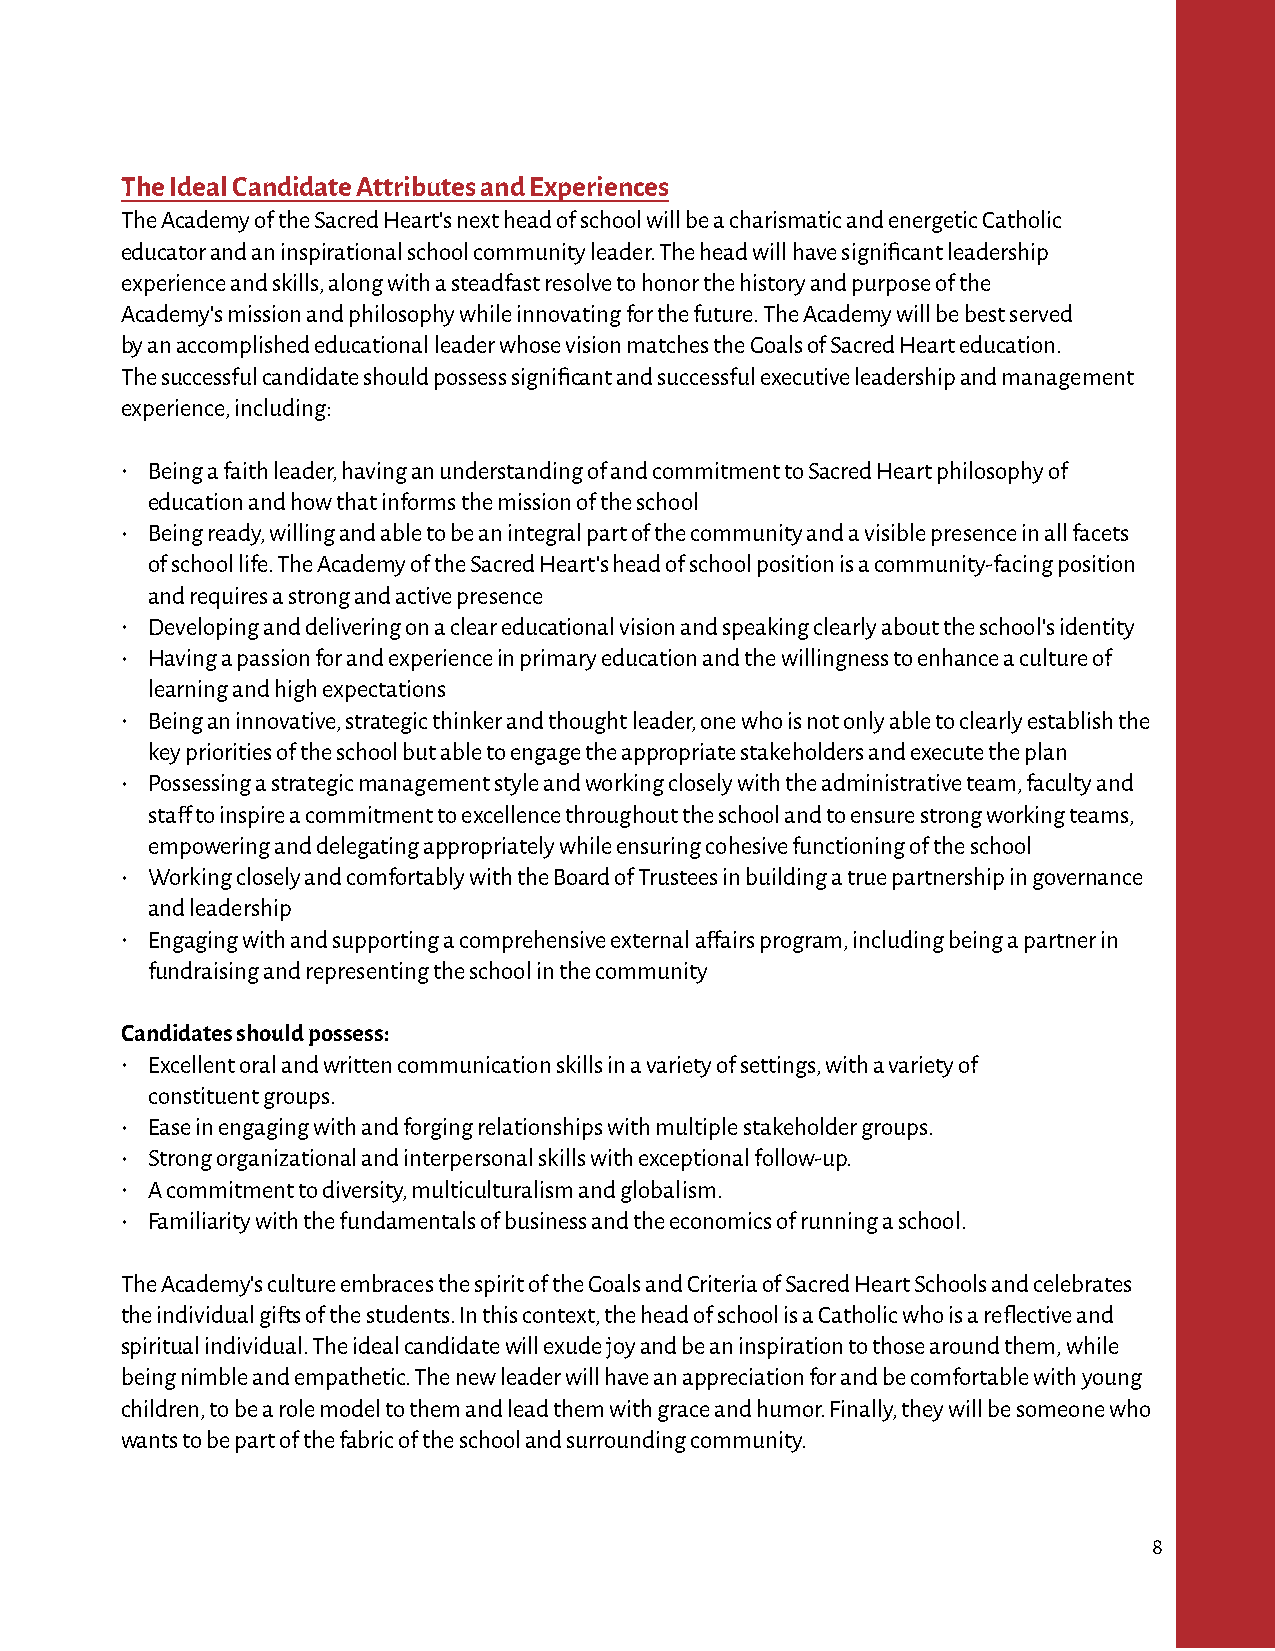
The Ideal Candidate Attributes and Experiences
 The Academy of the Sacred Heart's next head of school will be a charismatic and energetic Catholic
 educator and an inspirational school community leader. The head will have significant leadership
 experience and skills, along with a steadfast resolve to honor the history and purpose of the
 Academy's mission and philosophy while innovating for the future. The Academy will be best served
 by an accomplished educational leader whose vision matches the Goals of Sacred Heart education.
 The successful candidate should possess significant and successful executive leadership and management
 experience, including:
 • Being a faith leader, having an understanding of and commitment to Sacred Heart philosophy of
 education and how that informs the mission of the school
 • Being ready, willing and able to be an integral part of the community and a visible presence in all facets
 of school life. The Academy of the Sacred Heart's head of school position is a community-facing position
 and requires a strong and active presence
 • Developing and delivering on a clear educational vision and speaking clearly about the school's identity
 • Having a passion for and experience in primary education and the willingness to enhance a culture of
 learning and high expectations
 • Being an innovative, strategic thinker and thought leader, one who is not only able to clearly establish the
 key priorities of the school but able to engage the appropriate stakeholders and execute the plan
 • Possessing a strategic management style and working closely with the administrative team, faculty and
 staff to inspire a commitment to excellence throughout the school and to ensure strong working teams,
 empowering and delegating appropriately while ensuring cohesive functioning of the school
 • Working closely and comfortably with the Board of Trustees in building a true partnership in governance
 and leadership
 • Engaging with and supporting a comprehensive external affairs program, including being a partner in
 fundraising and representing the school in the community
 Candidates should possess:
 • Excellent oral and written communication skills in a variety of settings, with a variety of
 constituent groups.
 • Ease in engaging with and forging relationships with multiple stakeholder groups.
 • Strong organizational and interpersonal skills with exceptional follow-up.
 • A commitment to diversity, multiculturalism and globalism.
 • Familiarity with the fundamentals of business and the economics of running a school.
 The Academy's culture embraces the spirit of the Goals and Criteria of Sacred Heart Schools and celebrates
 the individual gifts of the students. In this context, the head of school is a Catholic who is a reflective and
 spiritual individual. The ideal candidate will exude joy and be an inspiration to those around them, while
 being nimble and empathetic. The new leader will have an appreciation for and be comfortable with young
 children, to be a role model to them and lead them with grace and humor. Finally, they will be someone who
 wants to be part of the fabric of the school and surrounding community.
 8